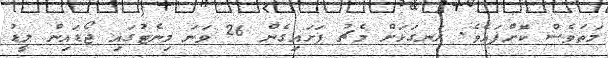
މަތަވެސް ކޮށްފައެވެ. ރަނގަޅަށް މެޗު ފަށައިގެން 26 ވަނަ މިނެޓުގައި ޖޯޑައިން ލީޑު